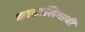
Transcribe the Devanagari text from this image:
कासालिगाची